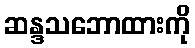
ဆန္ဒသဘောထားကို